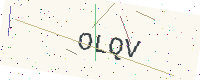
Text: OLQV